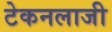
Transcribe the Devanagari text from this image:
टेकनलाजी